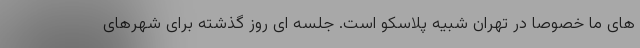
های ما خصوصاً در تهران شبیه پلاسکو است. جلسه ای روز گذشته برای شهرهای